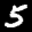
Label: 5